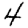
Digit: 4